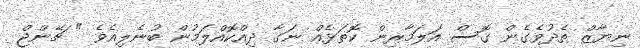
ނިޔާޒް ތެދުވެގެން ގޮސް އަލަމާރިން ކޮތަޅެއް ނަގާ ދިއްކޮއްލަމުން ބުނެލިއެވެ " ޗޭންޖް